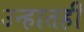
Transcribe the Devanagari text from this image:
उन्हातही